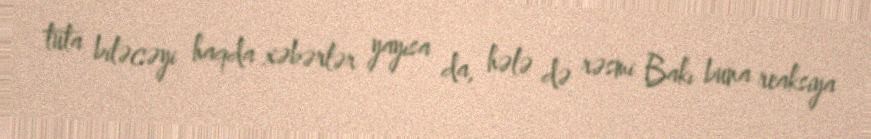
tuta biləcəyi haqda xəbərlər yayısa da, hələ də rəsmi Bakı buna reaksiya